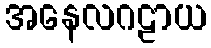
အနေလဂဠာယ